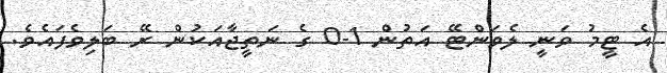
އެ ޓީމު ވަނީ ލެވަންޓޭ އަތުން 1-0 ގެ ނަތީޖާއަކުން ރޭ ބަލިވެފައެވެ.